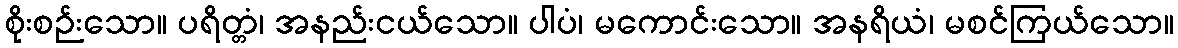
စိုးစဉ်းသော။ ပရိတ္တံ၊ အနည်းငယ်သော။ ပါပံ၊ မကောင်းသော။ အနရိယံ၊ မစင်ကြယ်သော။